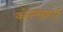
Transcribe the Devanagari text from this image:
कोल्सबर्ग